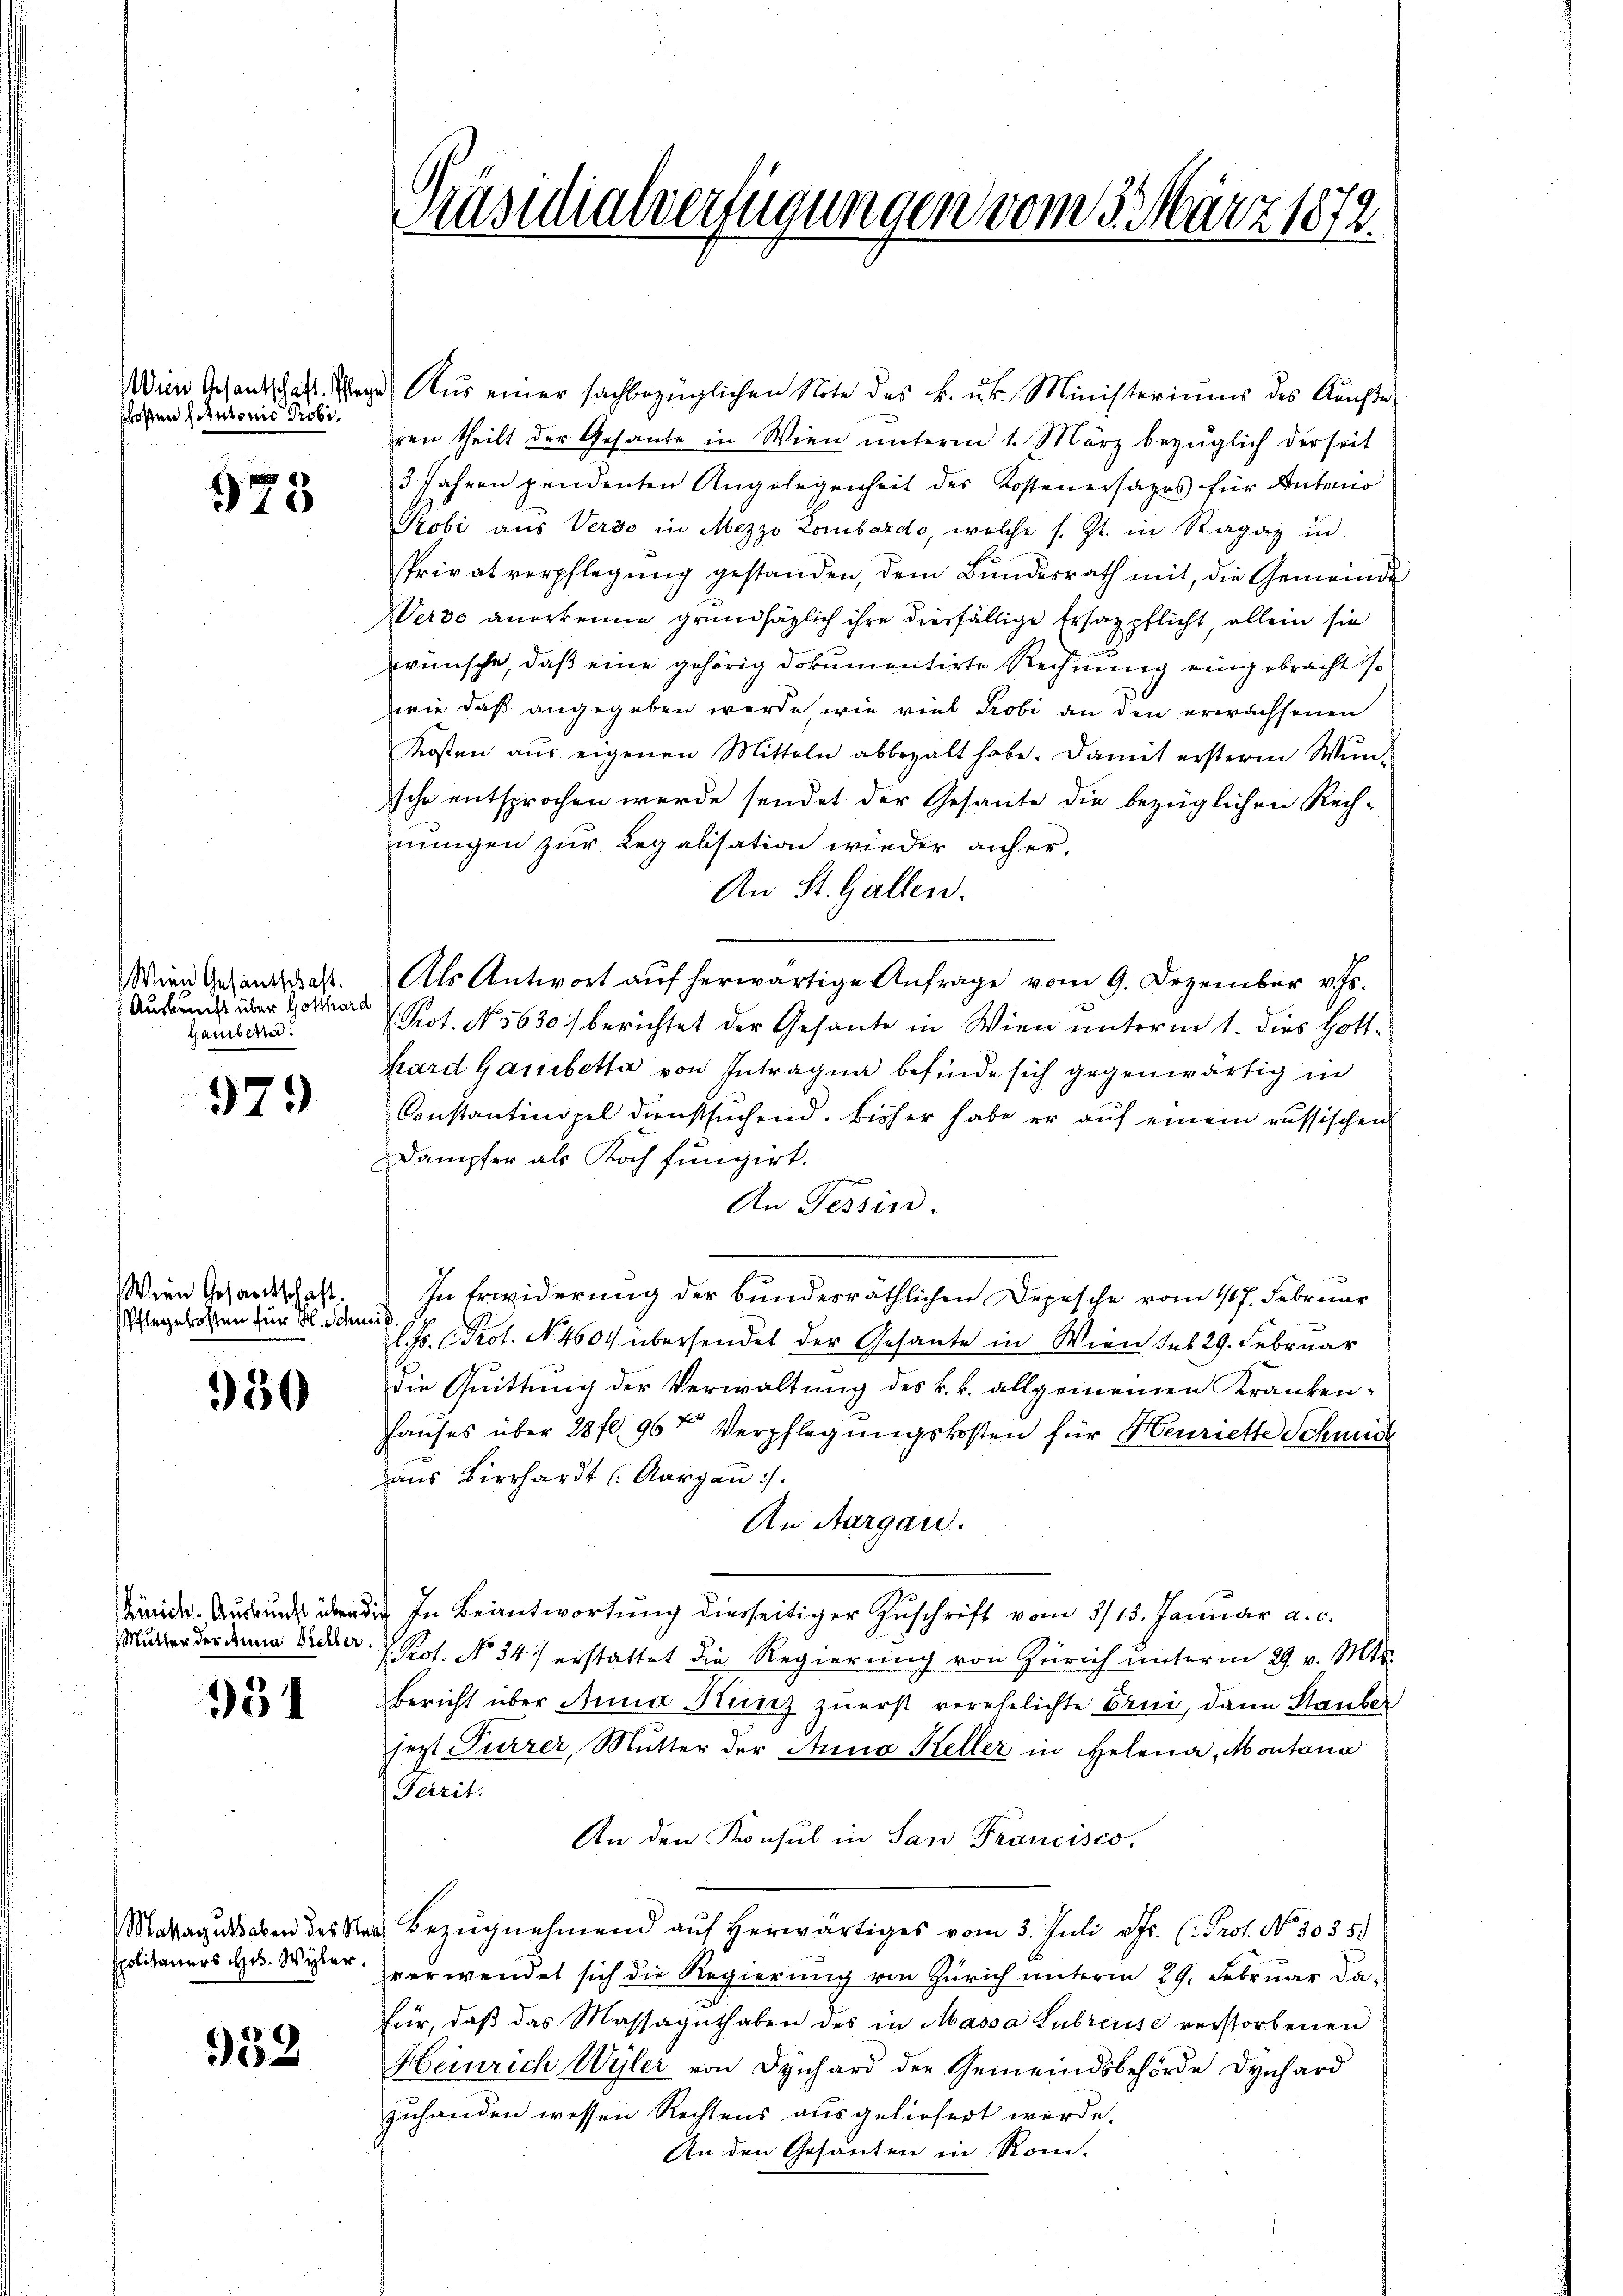
schoßen Autonio Probi¬

973

Wien Gesandschaft.
Auskunft über Gotthard
gamische

979

Wien Gesandschaft.
Pflegekosten für A. Schmiß

950

Zürich. Auskunft über
Mutter der Anna Heller

931

Massaguthaben des Str

932

Präsidialverfügungen vom 3. März 1872

Win Gesandtschaft. Wege Aus einer sachbezüglichen Note des k. k. Ministeriums des Kunste
ren theilt der Gesante in Wien unterm 1. März bezüglich derseit
3 Jahren pendenten Angelegenheit der Kostenersatos für Antano
Probi aus Verso in Mezzo Lombardo, welche s. Zt. in Ragaz und
Privatverpflegŭng gestanden, dem Bŭndesrath mit, die Gemeinde
Wer30 anerkenne grundsätzlich ihre diesfällige Ersatzpflicht, allein sie
wünsche, daß eine gehörig dokumentirte Rechnung eingebracht so
wie daß angegeben werde, wie viel Probi an den erwachsenen
Kosten aŭs eigenen Mitteln abbezalt habe. Damit ersterm Wŭn-
sche entsprochen werde sendet der Gesante die bezüglichen Rech-
nungen zur Legalisation wieder anher¬
An St. Gallen.
Als Antwort auf herwärtige Anfrage vom 9. Dezember v. Js.
. Prot. No. 5630) berichtet der Gesante in Wien unterm 1. dies Hott
Kard Gaisbetta von Intragna befinde sich gegenwärtig in
Constantinopel dienstsŭchend. Bisher habe er aŭf einem russischen
Dampfer als Koch fungirt.
eigen
An Tessin.
In Erwiderung der bundesräthlichen Depesche vom 17. Februar
H. Prof. No. 4600 übersendet der Gesante in Wien sub 29. Februar
die Quittung der Verwaltung des k. k. allgemeinen Kranken-
Hauses über 28 fl 96t Verpflegungskosten für Henriette Schmid
aus Bierhardt (Aargau :/.
An Aargau.
da In Beantwortung diesseitiger Zŭschrift vom 5/13. Januar a. c.
. Prot. No 34) erstattet die Regierung von Zürich unterm 29. v. Mts.
Bericht über Anna Kunz zuerst verehelichte Erni, dann Stauber
jezt Furrer, Mutter der Anna Keller in Helena, Montana
Territ.
An den Konsul in San Francisco
a Bezugnehmend auf herwärtiges vom 3. Juli v. Js. (: Prof. No 1035.
spolitaners Hr. Wer verwendet sich die Regierung von Zürich unterm 29. Februar da
für, daβ das Massaguthaben des in Massa Lubreuse verstorbenen
Heinrich Wyler von Dynhard der Gemeindsbehörde Dynhard
zuhanden wessen Rechtens ausgeliefert werde.
An den Gesanten in Rom.